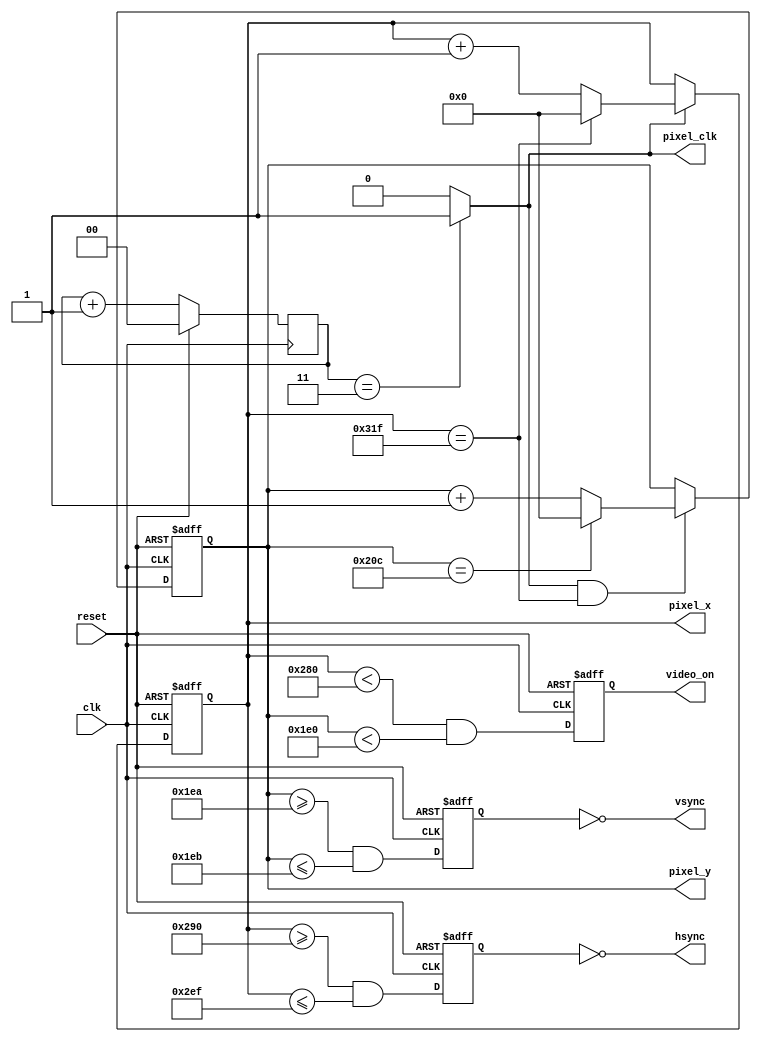
`timescale 1ns / 1ps
//////////////////////////////////////////////////////////////////////////////////
// Company: 
// Engineer: 
// 
// Design Name: 
// Module Name: VGA_controller
// Project Name: 
// Target Devices: 
// Tool Versions: 
// Description: 
// 
// Dependencies: 
// 
// Revision:
// Revision 0.01 - File Created
// Additional Comments:
// 
//////////////////////////////////////////////////////////////////////////////////

module VGA_controller (
    input wire clk, reset, // clk = 100 MHz
    output wire hsync, vsync,
    output wire video_on, pixel_clk,
    output wire [9:0] pixel_x, pixel_y
);
// 640x480 VGA
localparam HD = 640; //horizontal display area
localparam HF = 16; //horizontal front porch
localparam HB = 48; //horizontal back porch
localparam HR = 96; //Hsync width
localparam HTOTAL = HD + HF + HB + HR; //800
localparam VD = 480; //vertical display area
localparam VF = 10; //vertical front porch
localparam VB = 33; //vertical back porch
localparam VR = 2; //Vsync width
localparam VTOTAL = VD + VF + VB + VR; //525

// mod-4 counter
wire [1:0] mod4_next;
reg [1:0] mod4_reg;
always @(posedge clk)
    if(reset)
        mod4_reg <= 1'b0;
    else
        mod4_reg <= mod4_next;

assign mod4_next = mod4_reg + 1 ;
//assign mod4_next = (mod4_reg == 3) ? 0 : mod4_reg +1;

assign pixel_clk = (mod4_reg == 2'b11) ? 1 : 0; // output signal of pixel clock

// Hsync controoler
reg [9:0] h_count_next;
reg [9:0] h_count_reg;
wire h_end;
reg hsync_reg;
wire hsync_next;
always @(posedge clk, posedge reset)
    if(reset) begin
        h_count_reg<= 0;
        hsync_reg <= 0;
    end
    else begin
        h_count_reg <= h_count_next;
        hsync_reg <= hsync_next;
    end

// next state
always @*
    if (pixel_clk)
        if (h_end)
            h_count_next = 0;
        else
            h_count_next = h_count_reg + 1;
    else
        h_count_next = h_count_reg;

assign h_end = (h_count_reg == HTOTAL-1);
assign hsync_next = (h_count_reg >= (HD+HF)) && (h_count_reg <= (HD+HF+HR-1));
assign pixel_x = h_count_reg;
assign hsync = ~hsync_reg;

// Vsync controoler
reg [9:0] v_count_next;
reg [9:0] v_count_reg;
wire v_end;
reg vsync_reg;
wire vsync_next;
reg video_on_reg;
wire video_on_next;

always @(posedge clk, posedge reset)
    if (reset) begin
        v_count_reg <= 0;
        vsync_reg <= 0;
        video_on_reg <= 0;
    end
    else begin
        v_count_reg <= v_count_next;
        vsync_reg <= vsync_next;
        video_on_reg <= video_on_next;
    end

// next state
always @*
    if (pixel_clk && h_end)
        if (v_end)
            v_count_next = 0;
        else
            v_count_next = v_count_reg + 1;
    else
        v_count_next = v_count_reg;

assign v_end = (v_count_reg == VTOTAL-1);
assign vsync_next = (v_count_reg >=(VD+VF) && v_count_reg <=(VD+VF+VR-1) );
assign video_on_next = (h_count_reg < HD) && (v_count_reg < VD);

//assign video_on = (h_count_reg < HD) &&(v_count_reg < VD);
assign pixel_y = v_count_reg;
assign vsync = ~vsync_reg;
assign video_on = video_on_reg;


endmodule